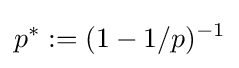
p^{*}:=(1-1/p)^{-1}